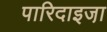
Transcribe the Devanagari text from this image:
पारिदाइजा़